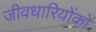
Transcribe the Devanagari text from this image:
जीवधारियोंको